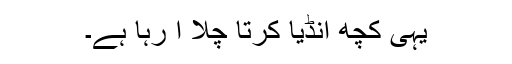
یہی کچھ انڈیا کرتا چلا آ رہا ہے۔